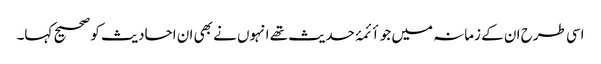
اسی طرح ان کے زمانہ میں جو أئمۂ حدیث تھے انہوں نے بھی ان احادیث کو صحیح کہا۔